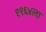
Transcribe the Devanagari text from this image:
१९६४ला